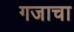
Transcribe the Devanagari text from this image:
गजाचा